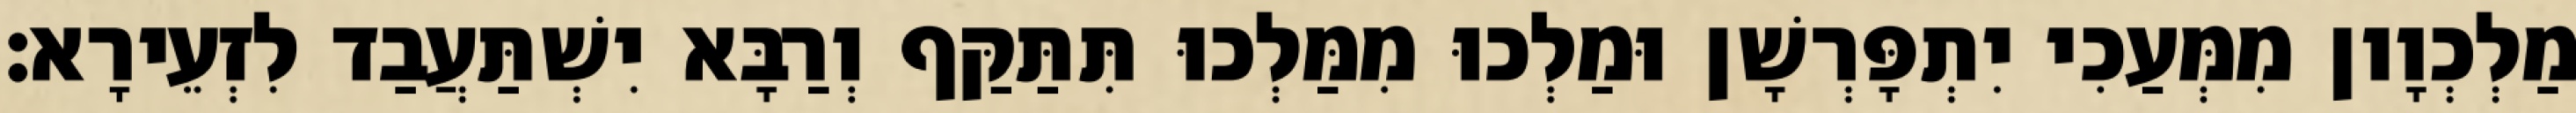
מַלְכְוָון מִמְּעַכִי יִתְפָּרְשָׁן וּמַלְכוּ מִמַּלְכוּ תִּתַּקַּף וְרַבָּא יִשְׁתַּעֲבַד לִזְעֵירָא׃